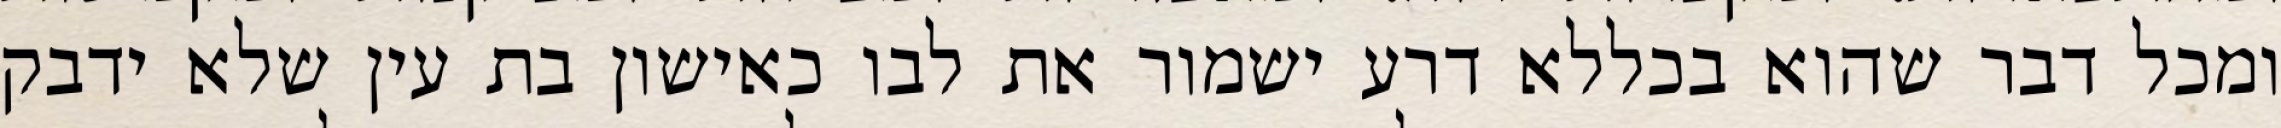
ומכל דבר שהוא בכללא דרע ישמור את לבו כאישון בת עין שלא ידבק